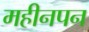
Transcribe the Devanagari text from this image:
महीनपन